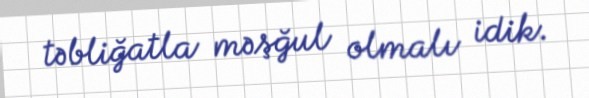
təbliğatla məşğul olmalı idik.